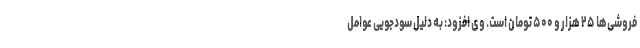
فروشی‌ها ۲۵ هزار و ۵۰۰ تومان است. وی افزود: به دلیل سودجویی عوامل